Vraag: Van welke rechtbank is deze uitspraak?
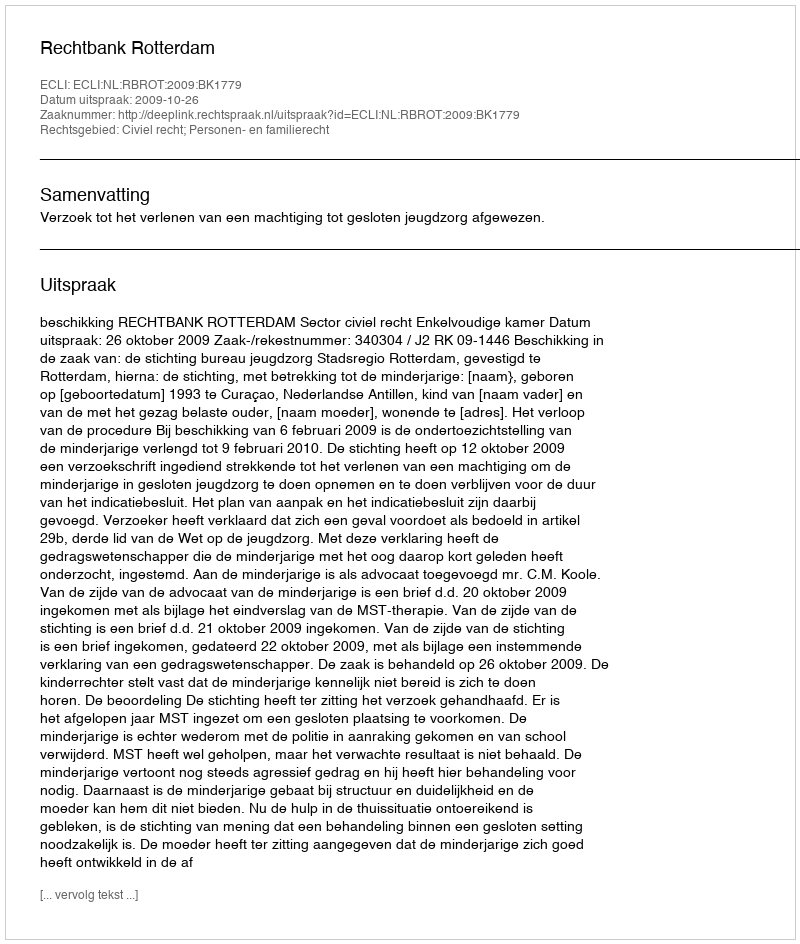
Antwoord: Rechtbank Rotterdam